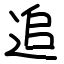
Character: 追